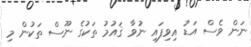
ނަން ވެސް އަޑު އިވިފައި ނުވާ ޤައުމު ތަކުގެ ނޫސް ތަކުން މި